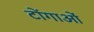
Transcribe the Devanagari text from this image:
टोंगाओं